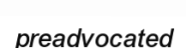
preadvocated